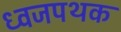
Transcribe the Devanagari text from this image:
ध्वजपथक